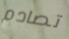
تصادم